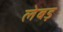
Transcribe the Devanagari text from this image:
लेबड़